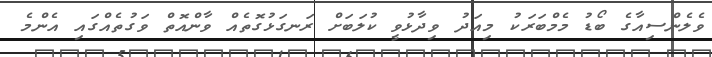
ވެލެންސިއާގެ ބޯޑު މެމްބަރަކު މިއަދު ވިދާޅުވީ ކުލަބަށް ރަނގަޅުގޮތެއް ވާންއޮތް ވަގުތެއްގައި އެންމެ